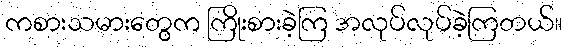
ကစားသမားတွေက ကြိုးစားခဲ့ကြ အလုပ်လုပ်ခဲ့ကြတယ်။